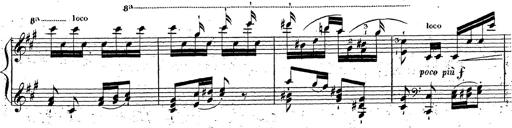
Title: Grande fantaisie sur la tyrolienne de l'opÃ©ra
Composer: Franz Liszt
Key: A major